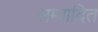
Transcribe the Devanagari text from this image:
सम्‍पादित